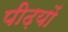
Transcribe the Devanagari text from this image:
पीढ़यों